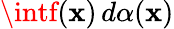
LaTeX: \intf(\mathbf{x})\, d\alpha(\mathbf{x})